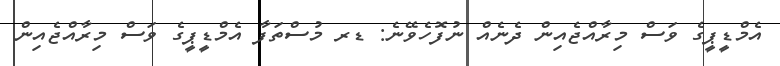
އެމްޑީޕީގެ ވަސް މިރާއްޖެއިން ދެނެއް ނުފޮހެވޭނެ: ޑރ މުސްތަފާ އެމްޑީޕީގެ ވަސް މިރާއްޖެއިން